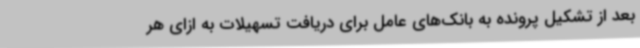
بعد از تشکیل پرونده به بانک‌های عامل برای دریافت تسهیلات به ازای هر